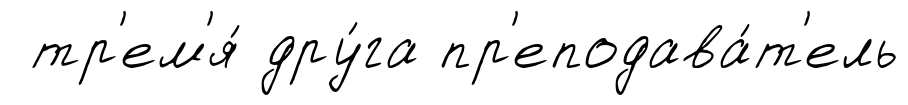
тр'ем'я́ дру́га пр'еподава́т'ель